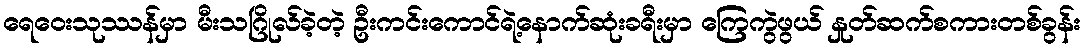
ရေဝေးသုဿန်မှာ မီးသဂြိုလ်ခဲ့တဲ့ ဦးကင်းကောင်ရဲ့နောက်ဆုံးခရီးမှာ ကြေကွဲဖွယ် နှုတ်ဆက်စကားတစ်ခွန်း